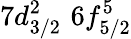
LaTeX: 7d_{3/2}^{2}\, \, 6f_{5/2}^{5}